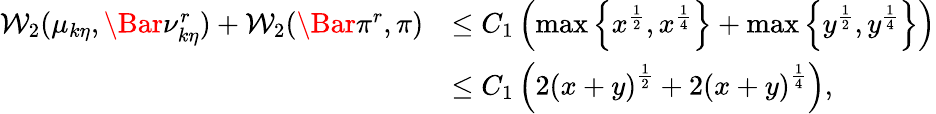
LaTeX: \begin{array}{rl}{\mathcal{W}_{2}(\mu_{k\eta},\Bar{\nu}_{k\eta}^{r})+\mathcal{W}_{2}(\Bar{\pi}^{r},\pi)}&{\le C_{1}\left(\operatorname*{max}\left\{ x^{\frac{1}{2}},x^{\frac{1}{4}}\right\} +\operatorname*{max}\left\{ y^{\frac{1}{2}},y^{\frac{1}{4}}\right\} \right)}\\ &{\le C_{1}\left(2\left(x+y\right)^{\frac{1}{2}}+2\left(x+y\right)^{\frac{1}{4}}\right),}\end{array}